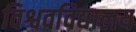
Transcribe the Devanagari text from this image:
विश्ववविद्यालय